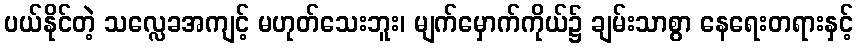
ပယ်နိုင်တဲ့ သလ္လေခအကျင့် မဟုတ်သေးဘူး၊ မျက်မှောက်ကိုယ်၌ ချမ်းသာစွာ နေရေးတရားနှင့်